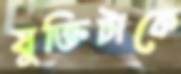
যুক্তিটাকে